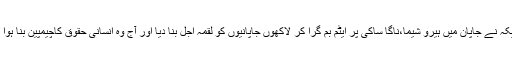
امریکہ نے جاپان میں ہیرو شیما،ناگا ساکی پر ایٹم بم گرا کر لاکھوں جاپانیوں کو لقمہ اجل بنا دیا اور آج وہ انسانی حقوق کاچیمپین بنا ہوا ہے۔